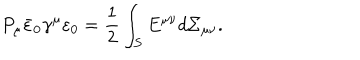
LaTeX: P _ { \mu } \bar { \varepsilon } _ { 0 } \gamma ^ { \mu } \varepsilon _ { 0 } = { \frac { 1 } { 2 } } \int _ { S } E ^ { \mu \nu } d \Sigma _ { \mu \nu } .